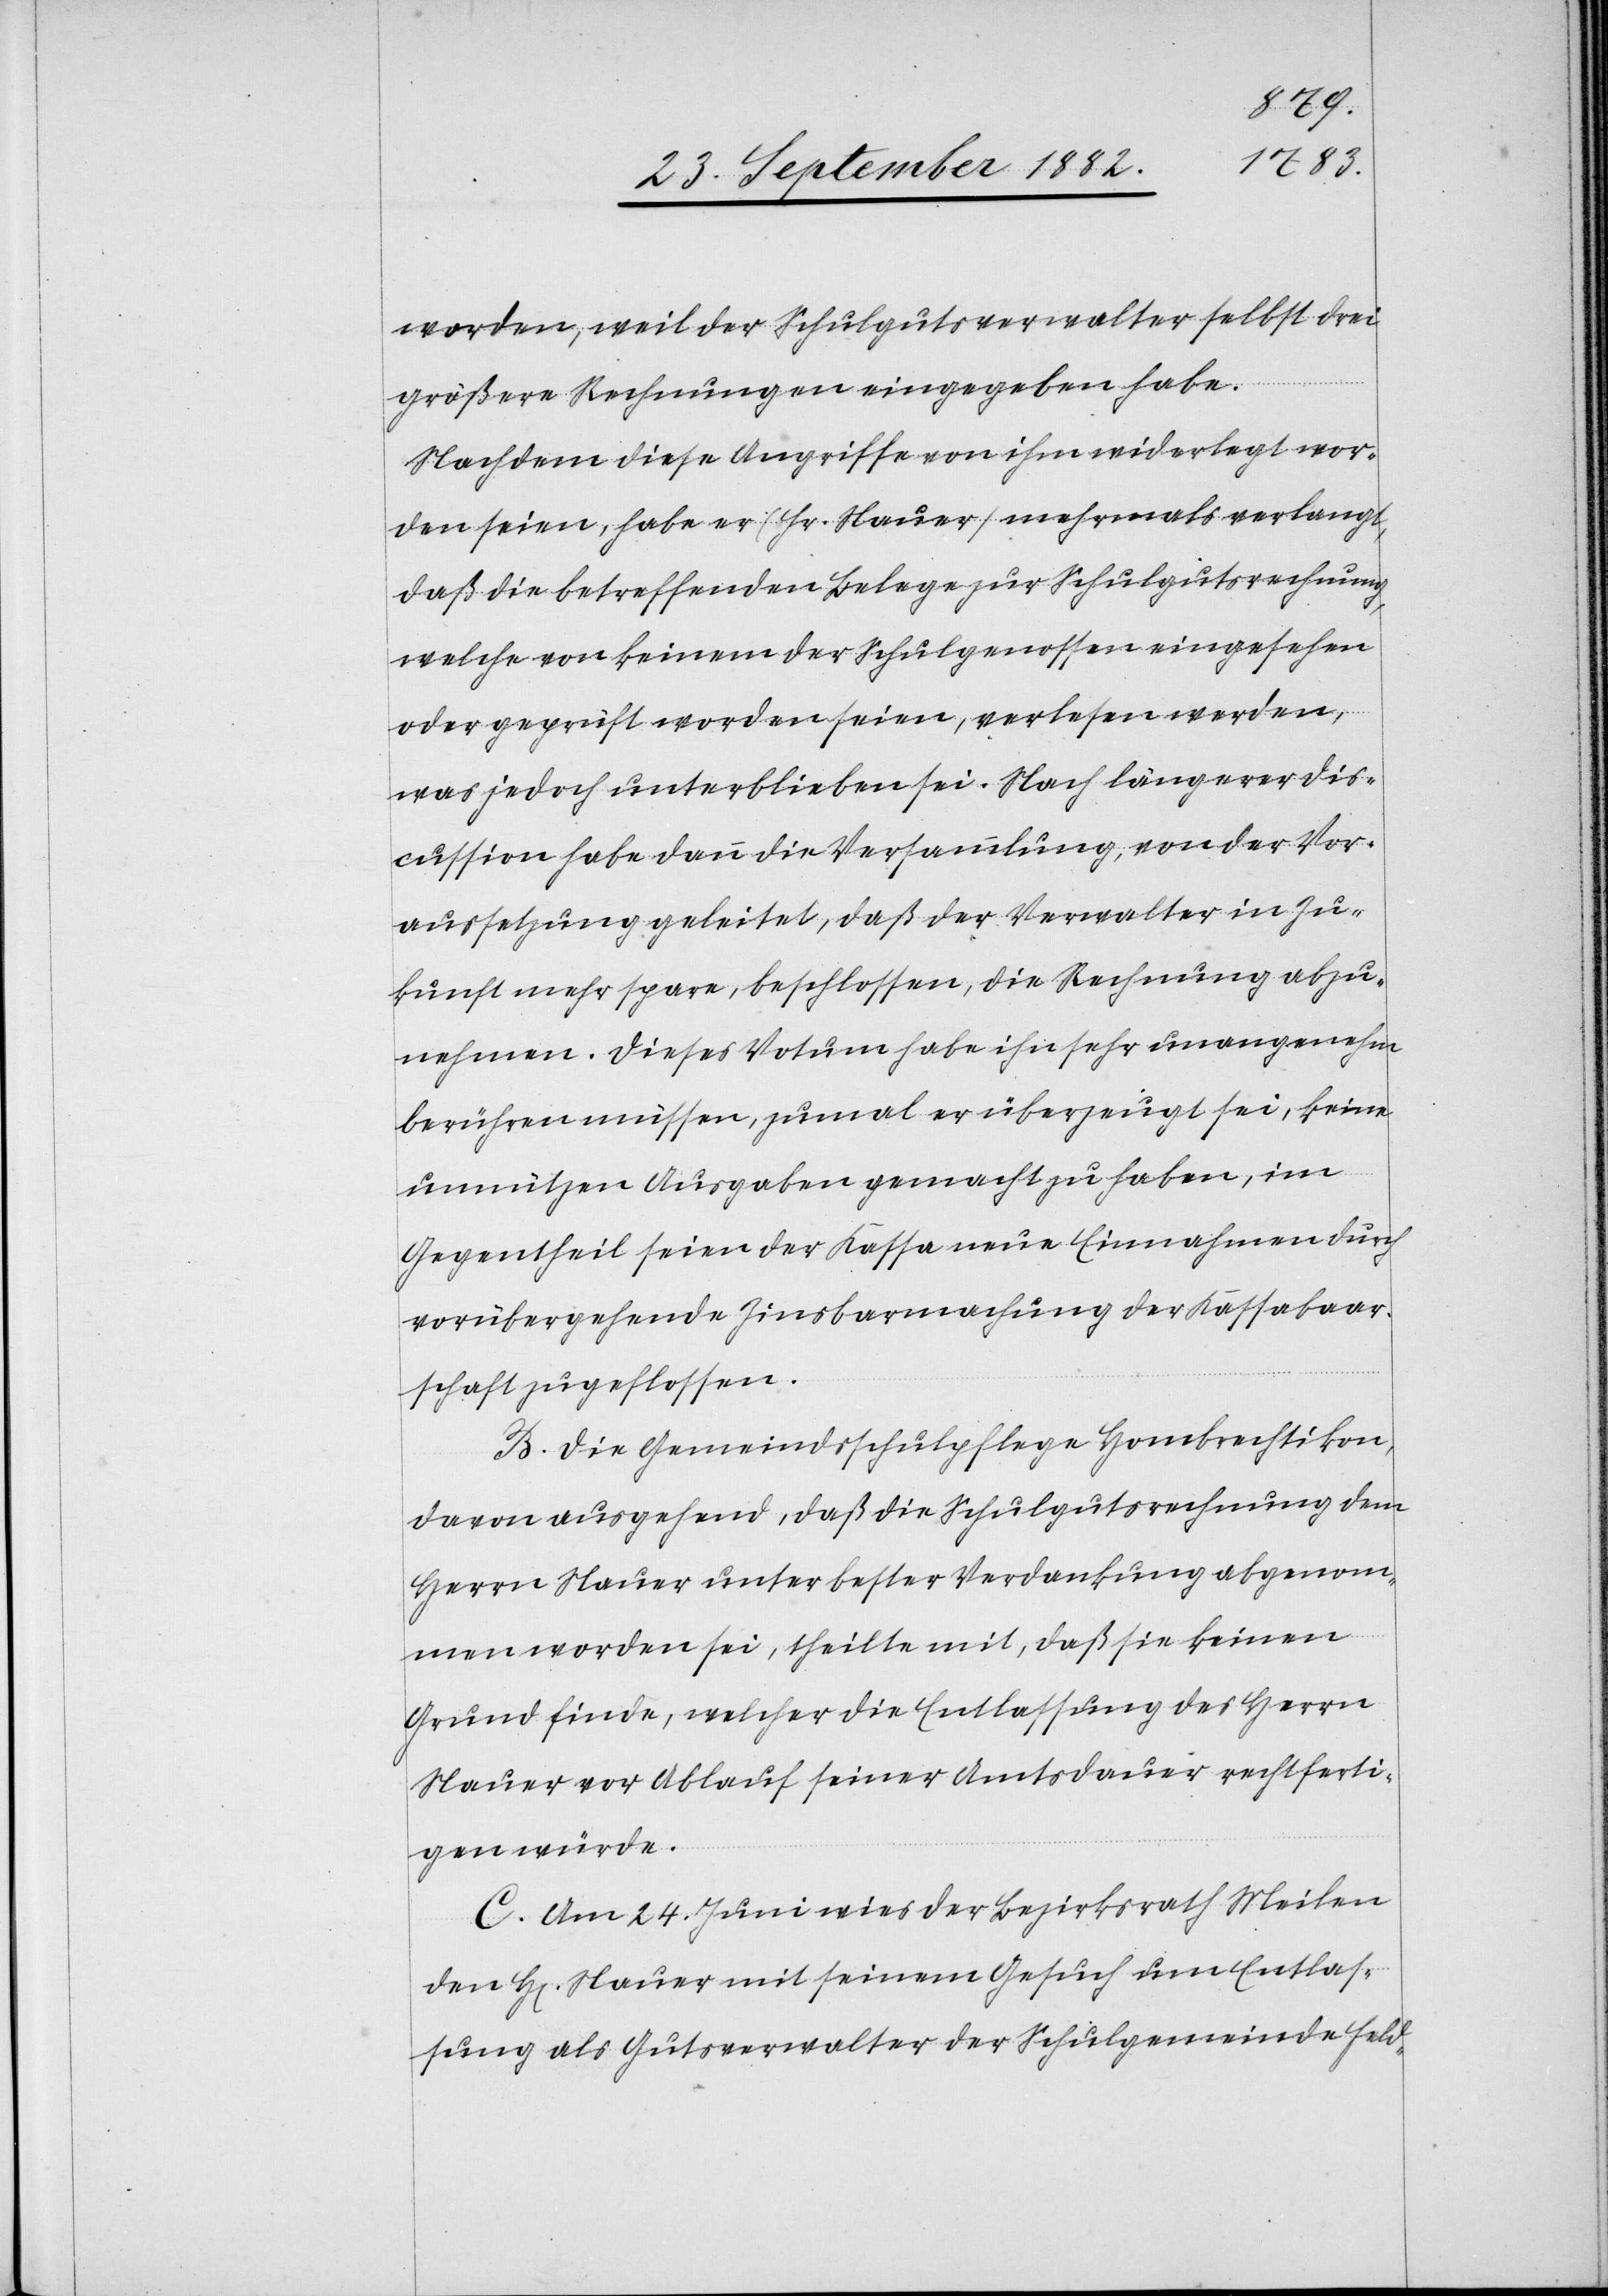
worden, weil der Schulgutsverwalter selbst drei
größere Rechnungen eingegeben habe.
Nachdem diese Angriffe von ihm widerlegt wor¬
den seien, habe er (Hr. Mauer) mehrmals verlangt,
daß die betreffenden Belege zur Schulgutsrechnung,
welche von keinem der Schulgenossen eingesehen
oder geprüft worden seien, verlesen werden,
was jedoch unterblieben sei. Nach längerer Dis¬
cussion habe dann die Versammlung, von der Vor¬
aussetzung geleitet, daß der Verwalter in Zu¬
kunft mehr spare, beschlossen, die Rechnung abzu¬
nehmen. Dieses Votum habe ihn sehr unangenehm
berühren müssen, zumal er überzeugt sei, keine
unnützen Ausgaben gemacht zu haben, im
Gegentheil seien der Kassa neue Einnahmen durch
vorübergehende Zinsbarmachung der Kassabaar¬
schaft zugeflossen.
B. Die Gemeindsschulpflege Hombrechtikon,
davon ausgehend, daß die Schulgutsrechnung dem
Herrn Mauer unter bester Verdankung abgenom¬
men worden sei, theilte mit, daß sie keinen
Grund finde, welcher die Entlassung des Herrn
Mauer vor Ablauf seiner Amtsdauer rechtferti¬
gen würde.
C. Am 24. Juni wies der Bezirksrath Meilen
den H[errn] Mauer mit seinem Gesuch um Entlas¬
sung als Gutsverwalter der Schulgemeinde Feld-